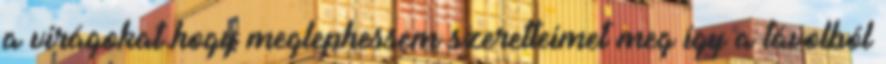
a virágokat hogy meglephessem szeretteimet meg így a távolból